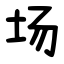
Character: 场